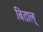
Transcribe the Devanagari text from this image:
बिडाल्